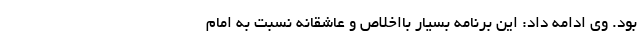
بود. وی ادامه داد: این برنامه بسیار بااخلاص و عاشقانه نسبت به امام